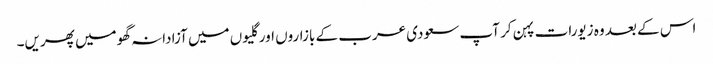
اس کے بعد وہ زیورات پہن کر آپ سعودی عرب کے بازاروں اور گلیوں میں آزادانہ گھومیں پھریں۔